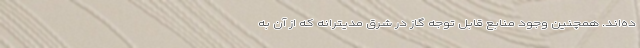
ده‌اند. همچنین وجود منابع قابل توجه گاز در شرق مدیترانه که از آن به